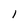
Character: l